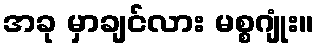
အခု မှာချင်လား မစ္စဂျုံး။